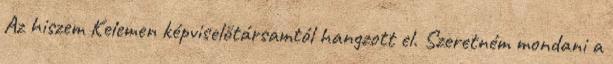
Az hiszem Kelemen képviselőtársamtól hangzott el. Szeretném mondani a